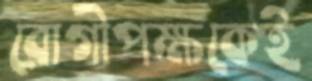
রোগীপক্ষকেই